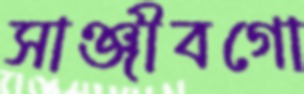
সাঞ্জীবগো